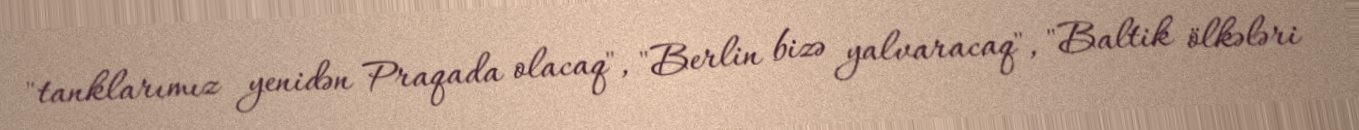
"tanklarımız yenidən Praqada olacaq", "Berlin bizə yalvaracaq", "Baltik ölkələri